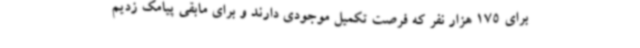
برای 175 هزار نفر که فرصت تکمیل موجودی دارند و برای مابقی پیامک زدیم